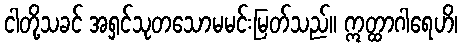
ငါတို့သခင် အရှင်သုတသောမမင်းမြတ်သည်။ ဣတ္ထာဂါရေဟိ၊